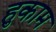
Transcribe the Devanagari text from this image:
हुकाम